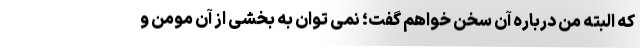
که البته من درباره آن سخن خواهم گفت؛ نمی توان به بخشی از آن مومن و